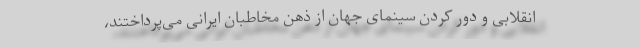
انقلابی و دور کردن سینمای جهان از ذهن مخاطبان ایرانی می‌پرداختند،